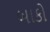
બાકો